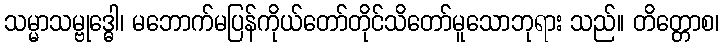
သမ္မာသမ္ဗုဒ္ဓေါ၊ မဘောက်မပြန်ကိုယ်တော်တိုင်သိတော်မူသောဘုရား သည်။ တိတ္တောစ၊